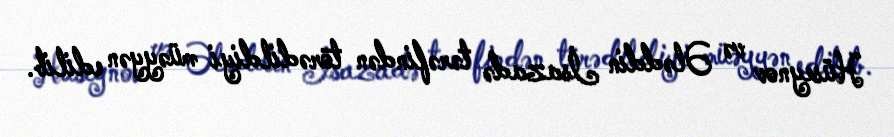
Hüseynov və Ələddin İsazadə tərəfindən törədildiyi müəyyən edilib.